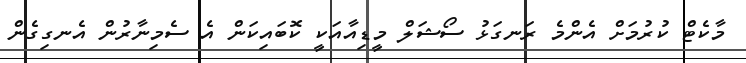
މާކެޓް ކުރުމަށް އެންމެ ރަނގަޅު ސޯޝަލް މީޑިއާއަކީ ކޮބައިކަން އެ ސެމިނާރުން އެނގިގެން